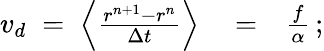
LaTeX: \begin{array}{rlr}{v_{d}\; =\; \left\langle\frac{r^{n+1}-r^{n}}{\Delta{t}}\right\rangle}&{{}=}&{\frac{f}{\alpha}\, ;}\end{array}